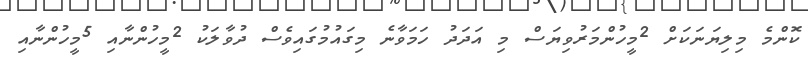
ކޮންމެ މިލިޔަނަކަށް 2މީހުންމަރުވިޔަސް މި އަދަދު ހަމަވާނެ މިގައުމުގައިވެސް ދުވާލަކު 2މީހުންނާއި 5މީހުންނާއި